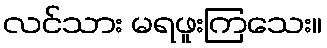
လင်သား မရဖူးကြသေး။